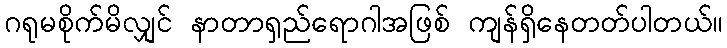
ဂရုမစိုက်မိလျှင် နာတာရှည်ရောဂါအဖြစ် ကျန်ရှိနေတတ်ပါတယ်။